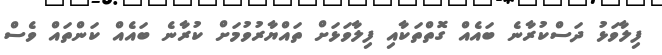
ފިލާވަޅު ދަސްކުރާނެ ބައެއް ގޮތްތަކާއި ފިލާވަޅަށް ތައްޔާރުވުމަށް ކުރާނެ ބައެއް ކަންތައް ވެސް